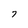
Character: 7